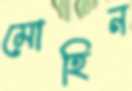
মোহিন